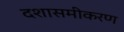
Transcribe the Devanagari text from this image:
दशासमीकरण